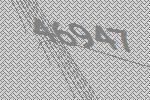
46947